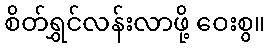
စိတ်ရွှင်လန်းလာဖို့ ဝေးစွ။